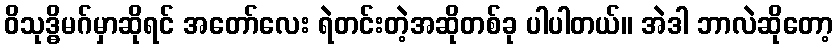
ဝိသုဒ္ဓိမဂ်မှာဆိုရင် အတော်လေး ရဲတင်းတဲ့အဆိုတစ်ခု ပါပါတယ်။ အဲဒါ ဘာလဲဆိုတော့